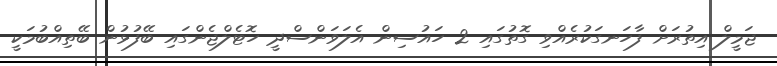
ޖަމީލް އިތުރަށް ފާހަނގަކުރެއްވި ގޮތުގައި 2 ހައުސިން އެލަވަންސްދީ ހޮޓެލްޖެންގައި ބޭފުޅުން ބޭތިއްބުމަކީ